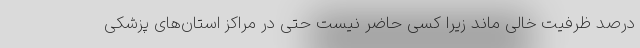
درصد ظرفیت خالی ماند زیرا کسی حاضر نیست حتی در مراکز استان‌های پزشکی